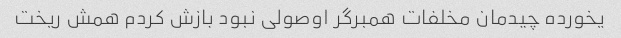
یخورده چیدمان مخلفات همبرگر اوصولی نبود بازش کردم همش ریخت